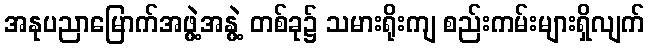
အနုပညာမြောက်အဖွဲ့အနွဲ့ တစ်ခု၌ သမားရိုးကျ စည်းကမ်းများရှိလျက်